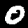
Label: 0